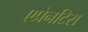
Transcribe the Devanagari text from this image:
एप्रेनटिस